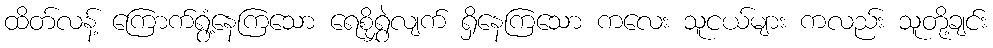
ထိတ်လန့် ကြောက်ရွံ့နေကြသော ရေစိုရွှဲလျက် ရှိနေကြသော ကလေး သူငယ်များ ကလည်း သူတို့ချင်း